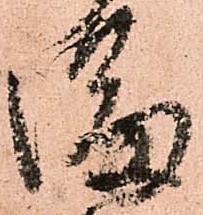
満